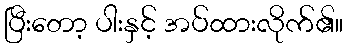
ပြီးတော့ ပါးနှင့် အပ်ထားလိုက်၏။